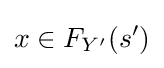
x\in F_{Y'}(s')